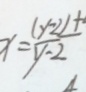
x = \frac { ( y - 2 ) + } { y - 2 }